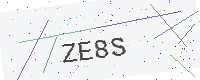
Text: ZE8S